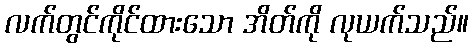
လက်တွင်ကိုင်ထားသော အိတ်ကို လုယက်သည်။